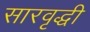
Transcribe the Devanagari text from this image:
सारवृद्धी